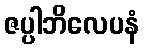
ဇပ္ပါဘိလေပနံ